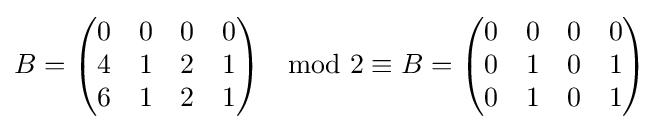
B={\begin{pmatrix}0&0&0&0\\4&1&2&1\\6&1&2&1\end{pmatrix}}\mod 2\equiv B={\begin{pmatrix}0&0&0&0\\0&1&0&1\\0&1&0&1\end{pmatrix}}